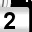
Digit: 2